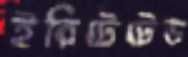
ইরিটেটেড